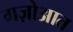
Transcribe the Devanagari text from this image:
गज़ोआत